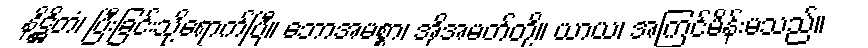
နိဋ္ဌိတံ၊ ပြီးခြင်းသို့ရောက်ပြီ။ ဘောအမစ္စာ၊ အိုအမတ်တို့။ ယာယ၊ အကြင်မိန်းမသည်။